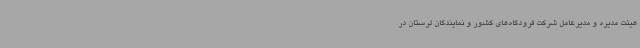
هیئت مدیره و مدیرعامل شرکت فرودگاه‌های کشور و نمایندگان لرستان در